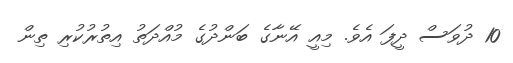
10 ދުވަސް ދީފަ އެވެ. މިއީ އޭނާގެ ބަންދުގެ މުއްދަތު އިތުރުކުރި ތިން